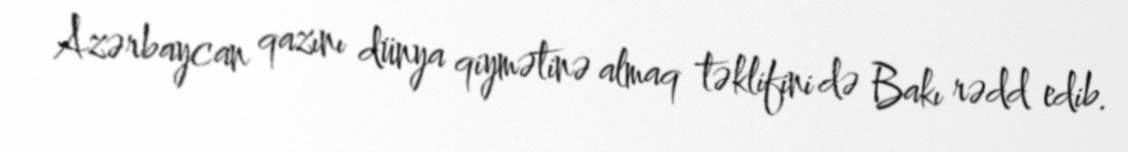
Azərbaycan qazını dünya qiymətinə almaq təklifini də Bakı rədd edib.